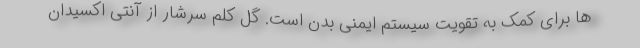
ها برای کمک به تقویت سیستم ایمنی بدن است. گل کلم سرشار از آنتی اکسیدان